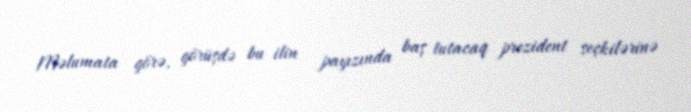
Məlumata görə, görüşdə bu ilin payızında baş tutacaq prezident seçkilərinə